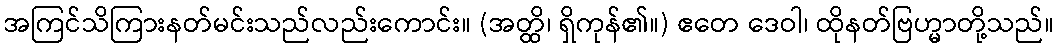
အကြင်သိကြားနတ်မင်းသည်လည်းကောင်း။ (အတ္ထိ၊ ရှိကုန်၏။) ဧတေ ဒေဝါ၊ ထိုနတ်ဗြဟ္မာတို့သည်။